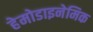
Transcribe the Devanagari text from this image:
हेमोडाइनेमिक